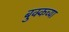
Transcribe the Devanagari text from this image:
बुक्कच्या